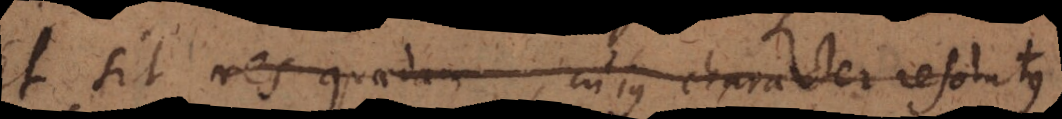
Et sit res quaedam, cujus character resolutus